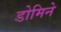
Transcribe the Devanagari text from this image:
डोमिने